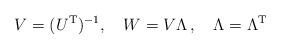
LaTeX: \begin{align*}V = ( U^{\rm T})^{-1},\quad W = V \Lambda\,,\quad \Lambda=\Lambda^{\rm T}\end{align*}